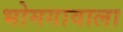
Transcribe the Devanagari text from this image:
भोमगावाला